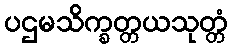
ပဌမသိက္ခတ္တယသုတ္တံ